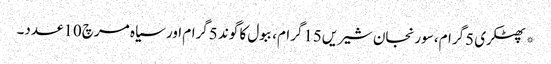
*پھٹکری 5گرام، سورنجان شیریں15گرام، ببول کا گوند 5گرام اور سیاہ مرچ 10عدد۔